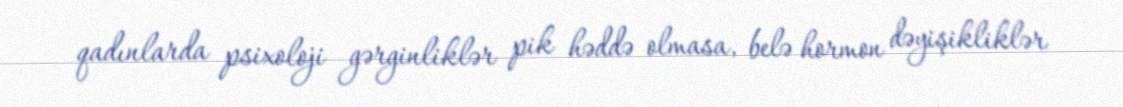
qadınlarda psixoloji gərginliklər pik həddə olmasa, belə hormon dəyişikliklər